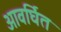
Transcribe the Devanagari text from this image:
आवर्घित